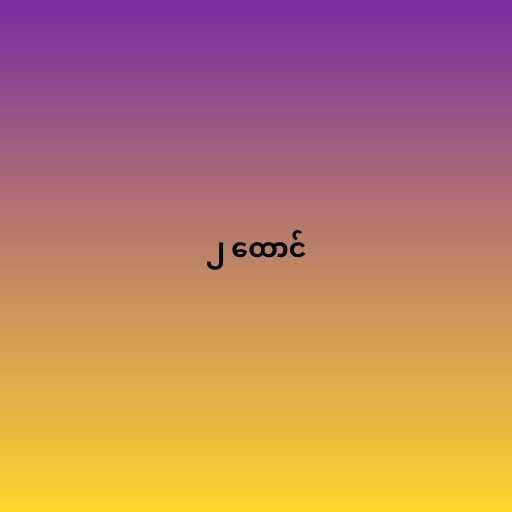
၂ ထောင်